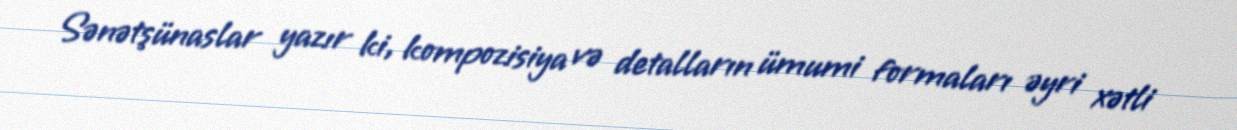
Sənətşünaslar yazır ki, kompozisiya və detalların ümumi formaları əyri xətli